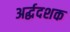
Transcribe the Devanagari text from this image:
अर्द्धदशक